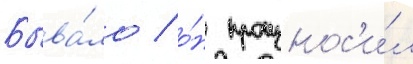
Быва́ло / о́н произнос'и́л